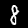
Label: 8